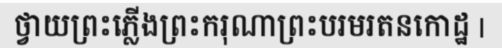
ថ្វាយព្រះភ្លើងព្រះករុណាព្រះបរមរតនកោដ្ឋ |